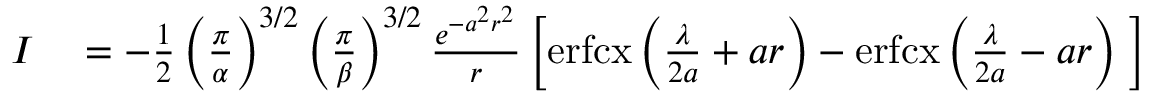
\begin{array} { r l } { I } & { { } = - \frac { 1 } { 2 } \left( \frac { \pi } { \alpha } \right) ^ { 3 / 2 } \left( \frac { \pi } { \beta } \right) ^ { 3 / 2 } \frac { e ^ { - a ^ { 2 } r ^ { 2 } } } { r } \left[ \mathrm { e r f c x } \left( \frac { \lambda } { 2 a } + a r \right) - \mathrm { e r f c x } \left( \frac { \lambda } { 2 a } - a r \right) \; \right] } \end{array}